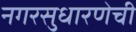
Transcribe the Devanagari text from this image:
नगरसुधारणेची